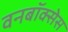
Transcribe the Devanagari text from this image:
वनबॉक्सेस